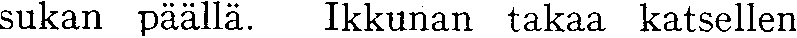
sukan päällä. Ikkunan takaa katsellen